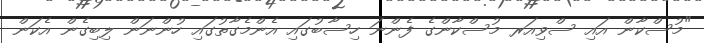
"މުސްކާން އައި ސްވިއަރ މުސްކާންގެ ފެންނަ ހިސާބުގައި އެންމެގާތުގައި ހުންނަން ލިބިގެން އެކަން